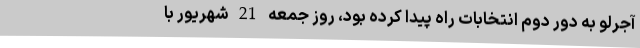
آجرلو به دور دوم انتخابات راه پیدا کرده بود، روز جمعه 21 شهریور با